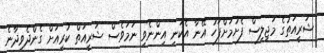
ޝަރީއަތުގެ މަޖިލިސް ފެށުމަށްފަހު އޭނާ އެކަނި އިންނެވި ނަމަވެސް ޝަރީއަތް ކުރިއަށް ގެންދެވިދާނެ